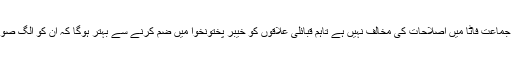
انھوں نے کہا کہ انکی جماعت فاٹا میں اصلاحات کی مخالف نہیں ہے تاہم قبائلی علاقوں کو خیبر پختونخوا میں ضم کرنے سے بہتر ہوگا کہ ان کو الگ صوبے کا درجہ دیا جائے۔